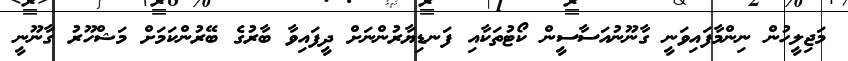
މަޖިލީހުން ނިންމާފައިވަނީ ގާނޫނުއަސާސީން ކޯޓުތަކާއި ފަނޑިޔާރުންނަށް ދީފައިވާ ބާރުގެ ބޭރުންކަމަށް މަޝްހޫރު ގާނޫނީ